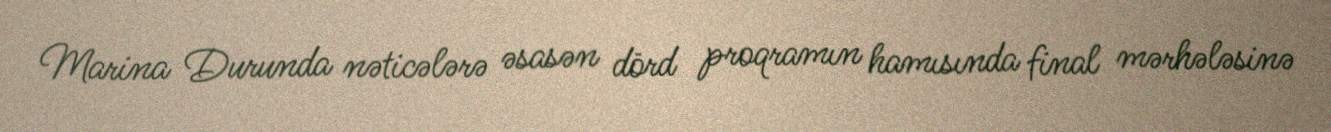
Marina Durunda nəticələrə əsasən dörd proqramın hamısında final mərhələsinə